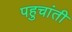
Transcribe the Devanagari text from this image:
पहुचांती